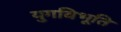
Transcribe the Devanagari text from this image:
युगविभूति